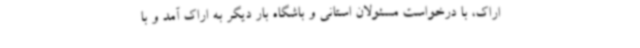
اراک، با درخواست مسئولان استانی و باشگاه بار دیگر به اراک آمد و با